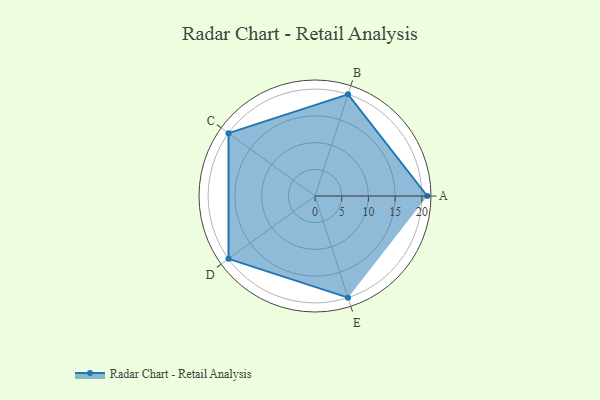
{"axis": {"x": "Skill", "y": "Score"}, "legend": ["Profile"], "data": [{"x": "A", "y": 21.0, "type": "Profile"}, {"x": "B", "y": 20, "type": "Profile"}, {"x": "C", "y": 20, "type": "Profile"}, {"x": "D", "y": 20, "type": "Profile"}, {"x": "E", "y": 20, "type": "Profile"}]}